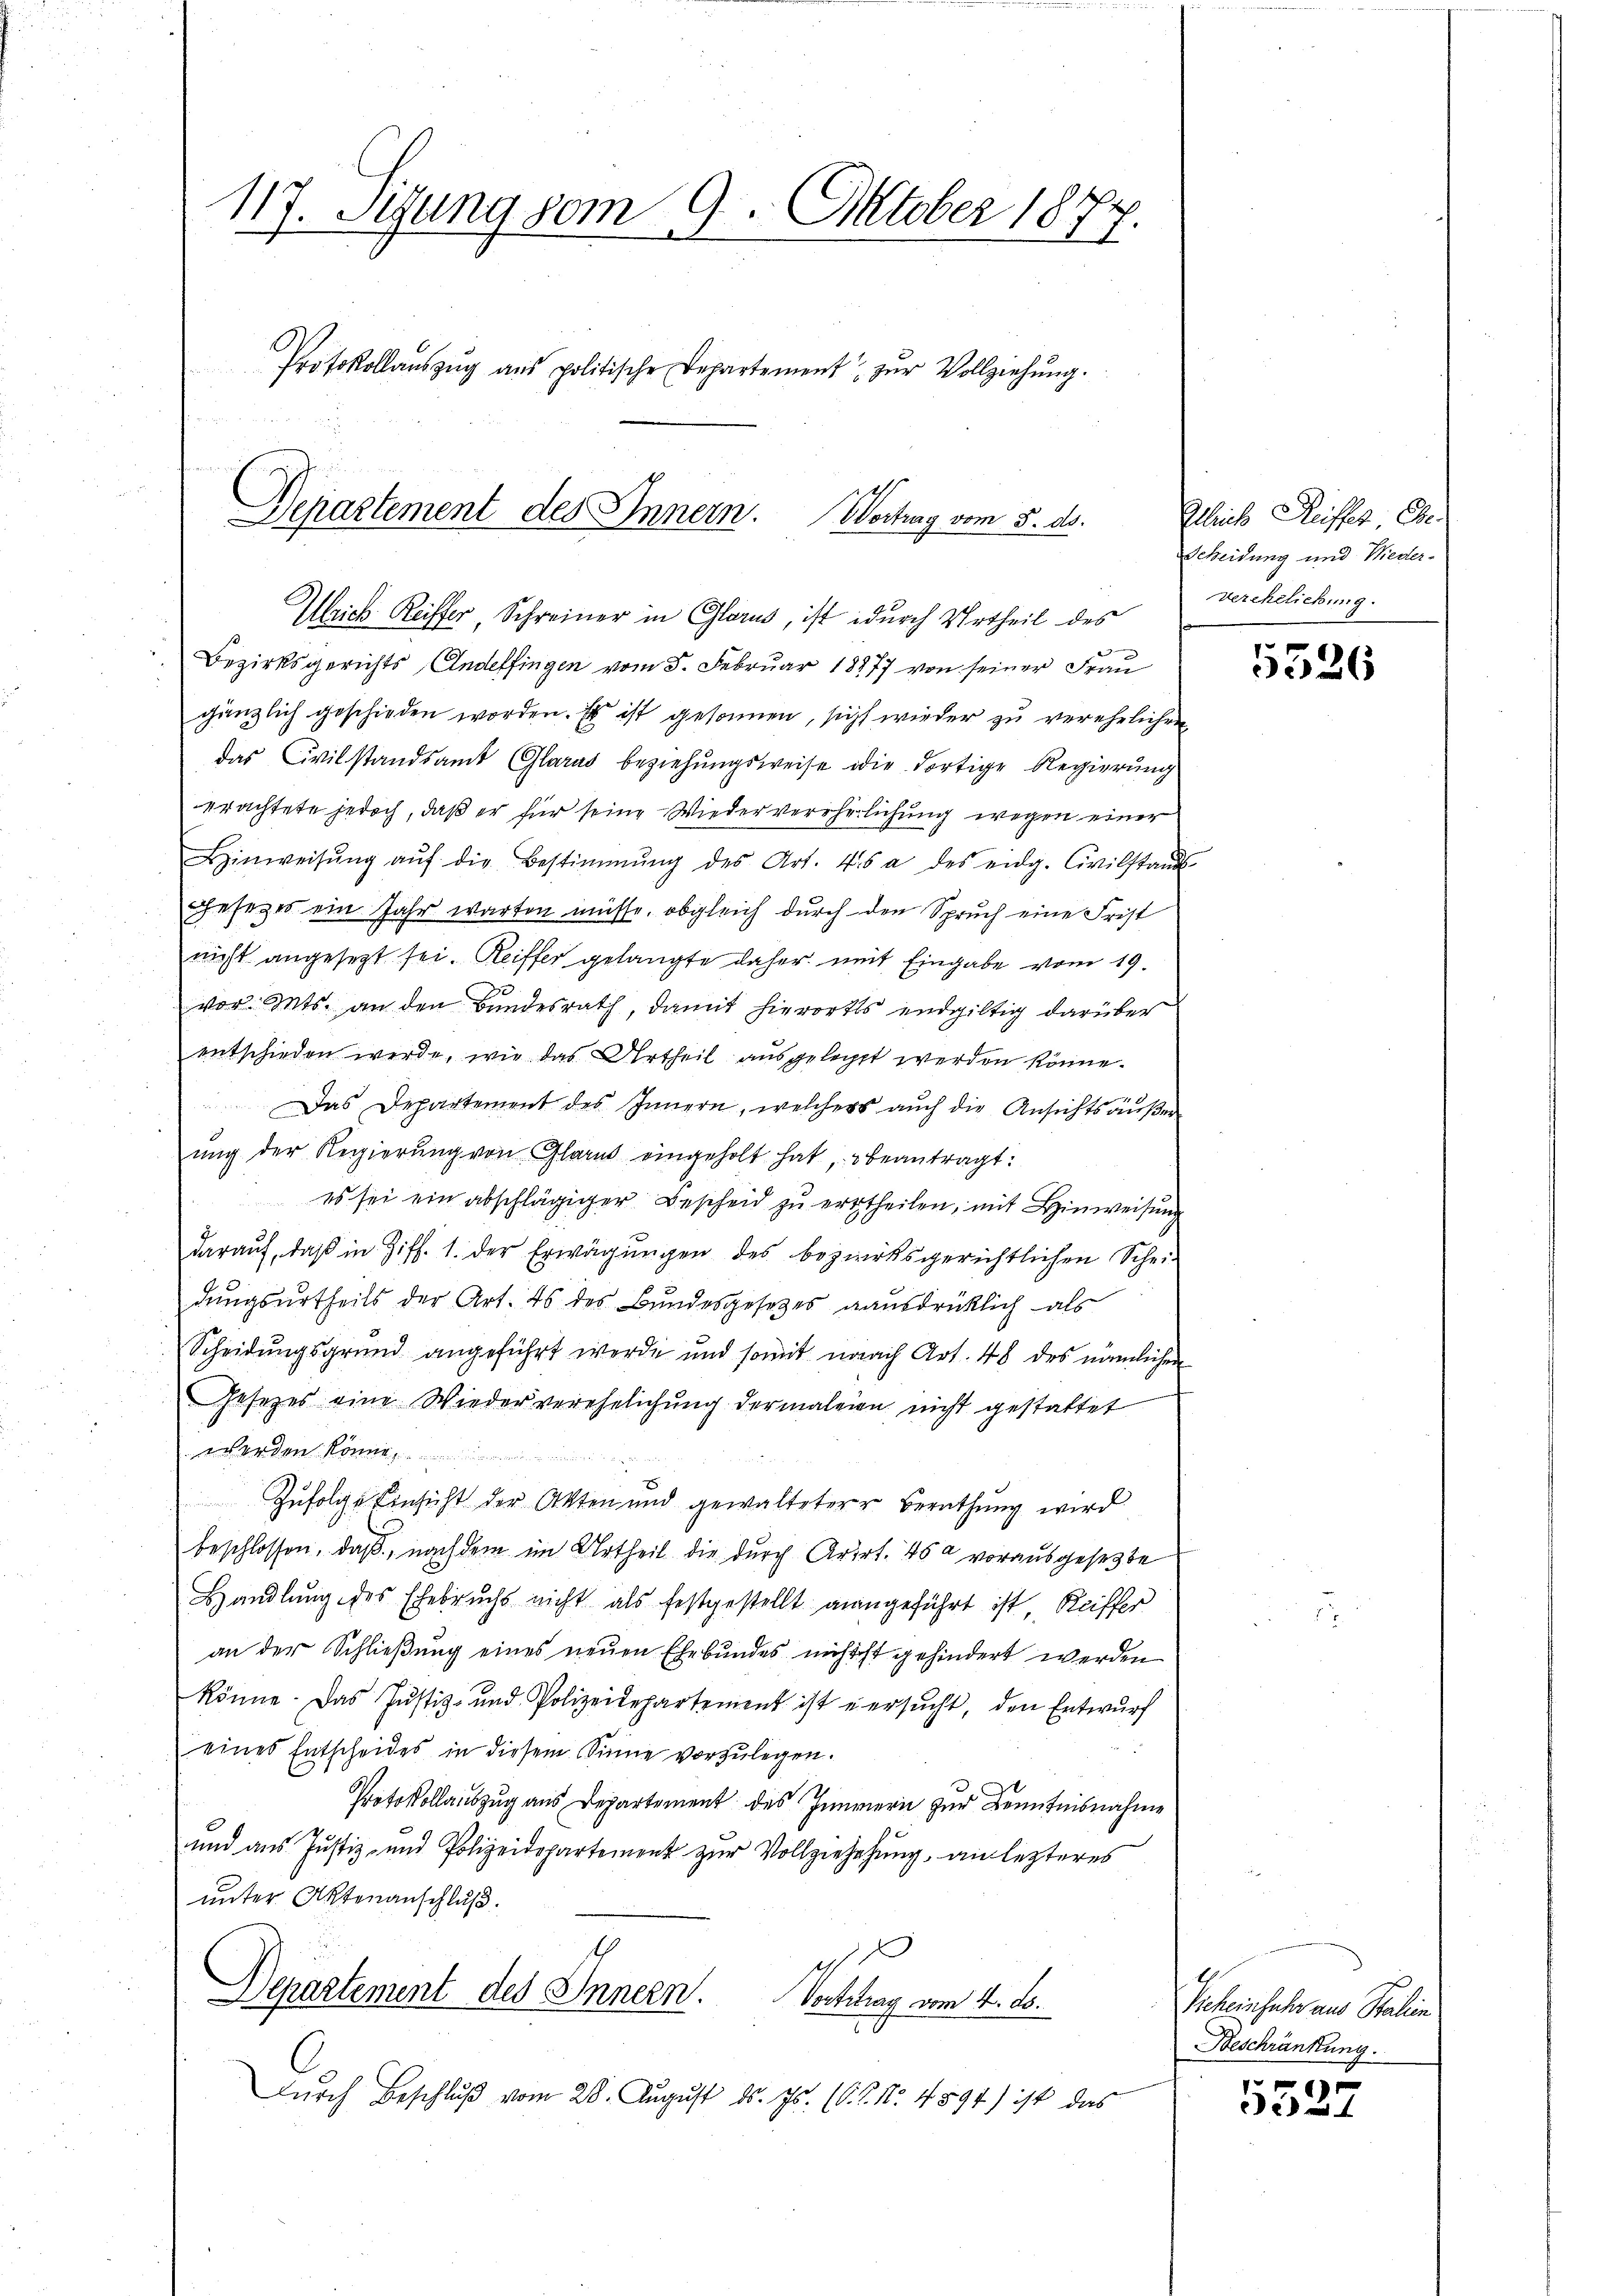
117. Setzung vom 9. Oktober 1877.
Protokollaŭszŭg aŭs politische Departement zŭr Vollziehŭng.

Departement des Innern. Wertung vom 5. ds.
Weich Reister Schreiner in Glarus, ist durch Urtheil des

Bezirksgerichts Andelfingen vom 5. Februar 18877 von seiner Frau
gänzlich geschieden worden. Es ist gesonnen, sicht wieder zu verehelichen
das Civilstandsamt Glarus beziehungsweise die dortige Regierung
erachtete jedoch, daß er für seine Wiederverehelichung wegen einer
Hinweisŭng aŭf die Bestimmung des Art. 46 a des eidg. Civilstand
esezes ein Jahr warten müsse, obgleich durch den Spruch eine Frist
nicht angesetzt sei. Reiffer gelangte daher mit Eingabe vom 19.
vor. Mts. an den Bundesrath, damit hierorts endgültig darüber
entschieden werde, wie das Urtheil ausgelegt werden könne.

Das Departement des Innern, welches aŭch die Ansichtsäŭβer
ung der Regierung von Glarus eingeholt hat, beantragt:
es sei ein abschlägiger Bescheid zu ertheilen, mit Hinweisung
daraŭf, daβ in Ziff. 1. der Erwägŭngen des bezirksgerichtlichen Schei-
dungsurtheils der Art. Es des Bundesgesetzes aausdrücklich als
Scheidungsgrund angeführt werde und somit nach Art. 48 des nämlichen
Gesezes eine Wiederverehelichung dermaleien nicht gestattet
werden könne
Zŭfolge Einsicht der Akten und gewalteterer Berathŭng wird
beschlossen, daß, nachdem im Urtheil die durch Arirt. 45 a vorausgesetzte
Handlung des Ehebruchs nicht als festgestellt mangeführt ist, Reiffer
an der Schließung eines neuen Ehebundes nichtst gehindert werden
könne. Das Justiz- und Polizeidepartement ist u ersŭcht, den Entwŭrf
eines Entscheides in diesem Sinne vorzulegen.
Protokollauszug aus Departement des Innern zur Kenntnisnahme
und aus Justiz- und Polizeidepartement zur Vollziehehung, an lezteres
unter Aktenanschluß.
Departement des Innern.
Vortrag vom 4. d.
Dŭrch Beschluß vom 28. August ds. Js. (O. P. Nr. 4891) ist das

Alleich Reiffes E.
Scheidung und Wieder-
verehelichung.

5526

Scheinfuhr aus Stalien
Beschränkung.

5527